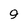
Character: 9